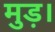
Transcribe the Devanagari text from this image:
मुड़।